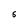
Character: 5